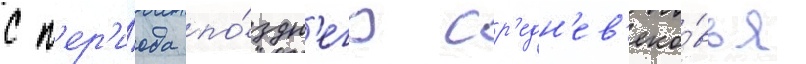
с п'ер'и́ода по́здн'его ср'едн'ев'еко́вья